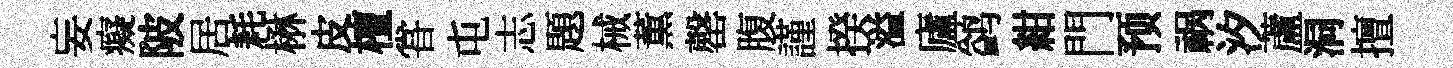
妄癡陂居耗楙皮檀甞屯志題械薫罄腹謹揆溢廬鹢紺門预祸汐蘆洞擅